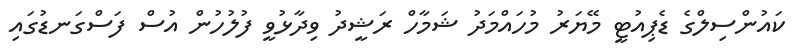
ކައުންސިލްގެ ޑެޕިއުޓީ މޭޔަރު މުހައްމަދު ޝަމާހް ރަޝީދު ވިދާޅުވީ ފުލުހުން އުސް ފަސްގަނޑުގައި